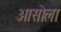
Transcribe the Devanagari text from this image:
आसोला